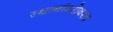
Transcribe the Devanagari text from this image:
स्थानांबरोबरच